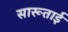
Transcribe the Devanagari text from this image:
सारूताई